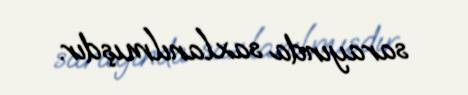
sarayında saxlanılmışdır.